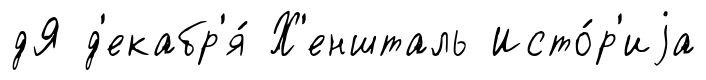
дЯ д'екабр'я́ Х'еншталь Исто́р'иjа